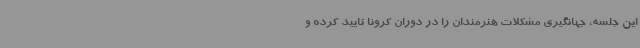
این جلسه، جهانگیری مشکلات هنرمندان را در دوران کرونا تایید کرده و